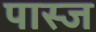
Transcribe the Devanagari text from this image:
पास्ज